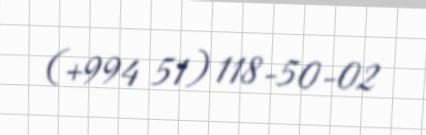
(+994 51) 118-50-02